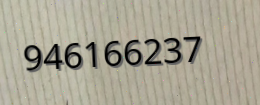
946166237